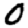
Digit: 0